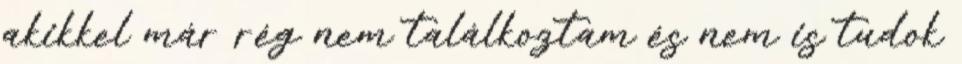
akikkel már rég nem találkoztam és nem is tudok